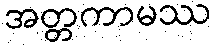
အတ္တကာမဿ